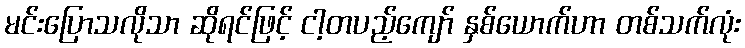
မင်းပြောသလိုသာ ဆိုရင်ဖြင့် ငါ့တပည့်ကျော် နှစ်ယောက်ဟာ တစ်သက်လုံး